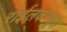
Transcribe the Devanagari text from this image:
राईलकरबुवा